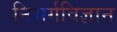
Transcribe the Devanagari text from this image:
निसर्गविज्ञान